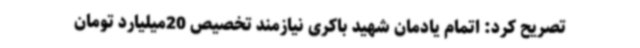
تصریح کرد: اتمام یادمان شهید باکری نیازمند تخصیص 20میلیارد تومان